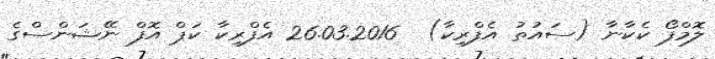
ލޮމްފޯ ކެކާނާ (ސައުތު އެފްރިކާ)  26.03.2016 އެފްރިކާ ކަޕް އޮފް ނޭޝަންސްގެ